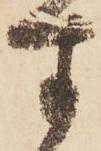
す